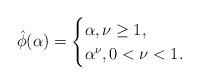
LaTeX: \begin{align*}\hat{\phi}(\alpha)=\begin{cases}\alpha,\nu\ge 1,\\\alpha^\nu, 0<\nu<1.\end{cases}\end{align*}